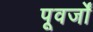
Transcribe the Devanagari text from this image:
पूवर्जों